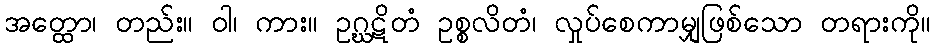
အတ္ထော၊ တည်း။ ဝါ၊ ကား။ ဥဂ္ဃဋိတံ ဥစ္စလိတံ၊ လှုပ်စေကာမျှဖြစ်သော တရားကို။